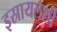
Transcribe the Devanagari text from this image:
इस्रायलशी